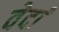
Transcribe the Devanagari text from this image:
वेदां